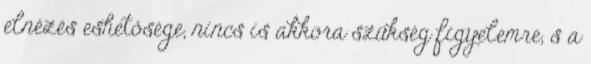
elnézés eshetősége, nincs is akkora szükség figyelemre, s a